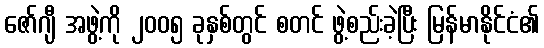
ဇော်ဂျီ အဖွဲ့ကို ၂၀၀၅ ခုနှစ်တွင် စတင် ဖွဲ့စည်းခဲ့ပြီး မြန်မာနိုင်ငံ၏